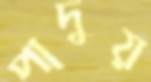
পাদুয়